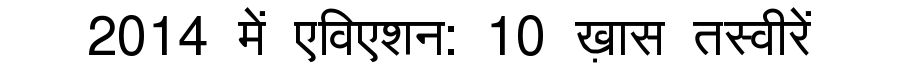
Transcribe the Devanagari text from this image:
2014 में एविएशन: 10 ख़ास तस्वीरें